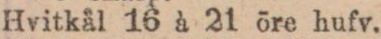
Hvitkål 16 à 21 öre hufv.